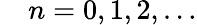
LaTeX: \quad n=0,1,2,\ldots